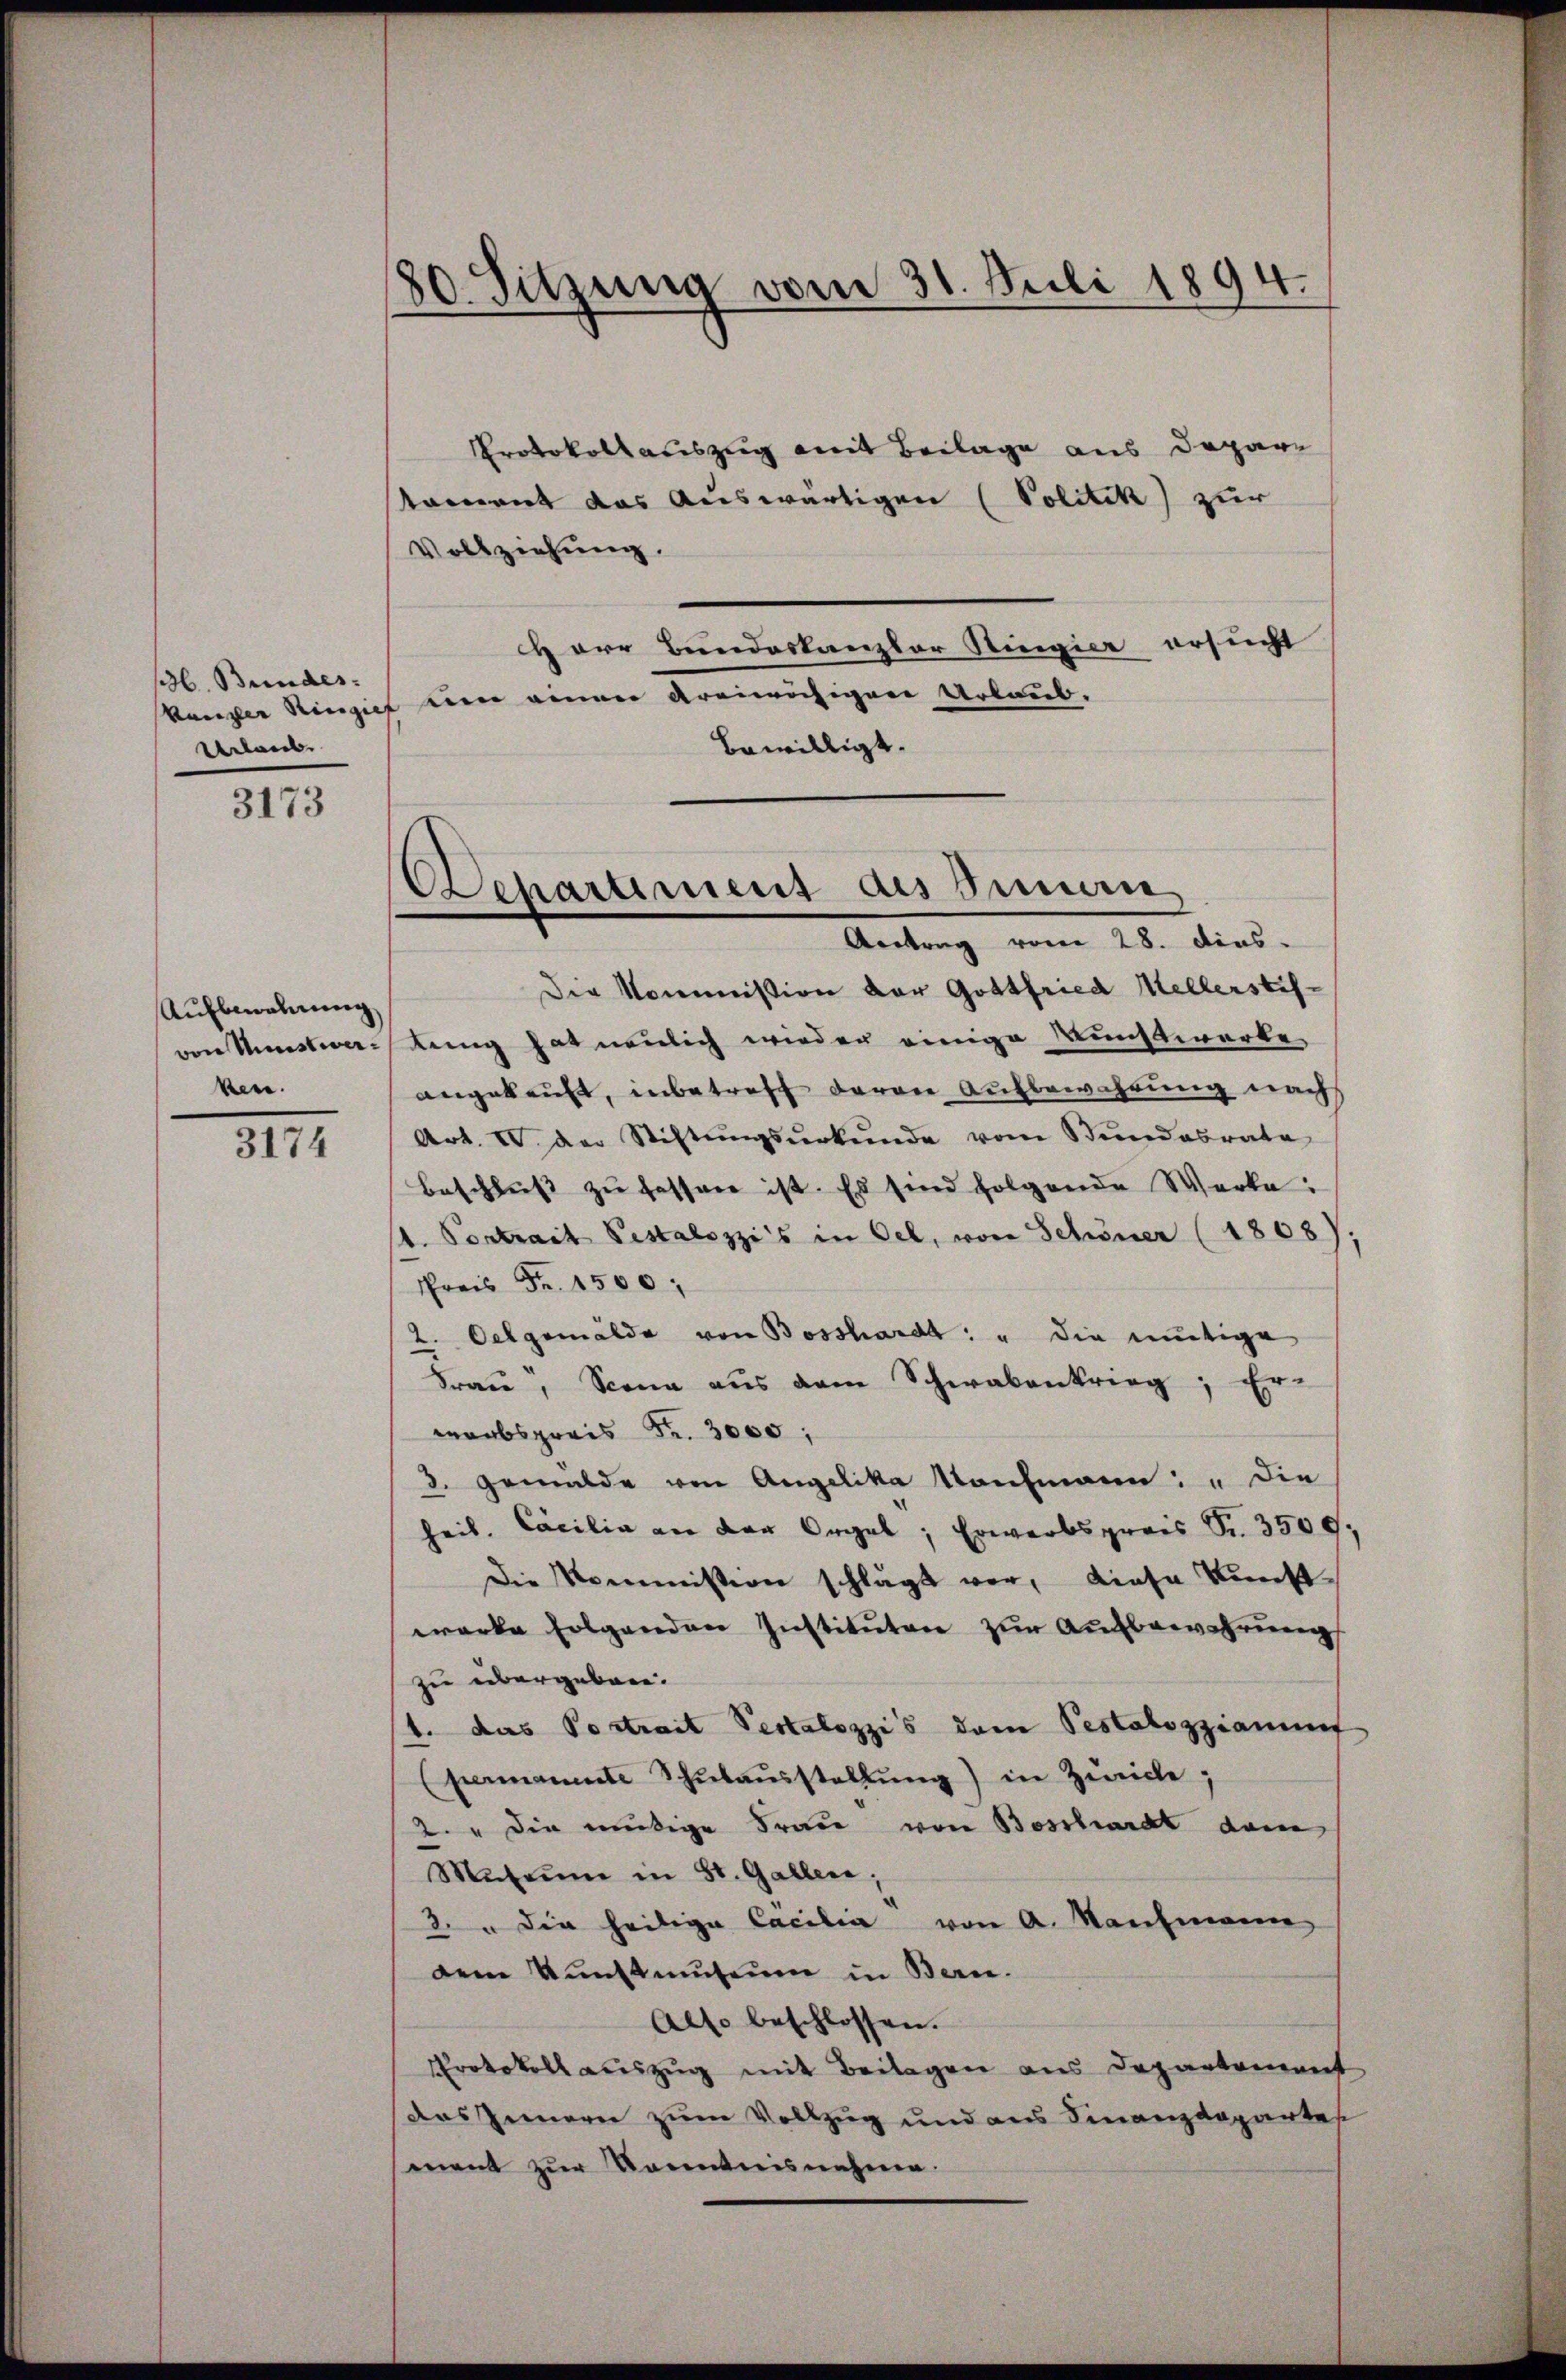
l. Bundes.
Urlaub

3173

Aufbewahrung
ken.

3174

80. Sitzung vom 31. Juli 1894.

Protokollauszug mit Beilage aus Deparstament das Auswärtigen (Politik zur
Vollziehung.
Herr Bundeskanzler Ringier ersucht
kanzler Ringiet einer einen Arenruhigen Urlaub.
bewilligt.

Departement des Sinnern,
Aertrag vom 28. Dies

Die Kommission der Gottfried Kellerstifvon Mittwe Rang hat neulich wieder einige Wuchtwerke
angekauft, inbetreff deron Aufbewahrung nach
Art. IV. Der Stiftŭngsŭrkŭnde vom Stundesrate
beschliess zu fassen ist. Es sind folgende Werke:
t. Portrait Pestalozzis in Oel, von Schöner (1808);
Preis Fr. 1500
2. Oelgemälde von Bosshardt: " die mutige
Frau, Scona aus dem Schwabenkrieg, Er-
wabspreis Fr. 3000,
d. Gemälde von Angelika aufmann: " die
heil. Cocilio an der Orgel; Erwerbspreis Fr. 3500.
Die Kommission schlägt vor, diese Kunst-
werke folgenden Instituten zur Aufbewahrung
zu übergeben.
1. das Vortrait Pestalozzis dem Pestalozziaminf
permanente Schŭlaŭsstellŭng) in Zürich;
2. " Die mutige Frau von Beschardt dem
Museum in St. Gallen.
3. " die heilige Cacilia von A. Kaufmann
dem Kunstmuseum in Bern.
Also beschlossen.
Protokoll auszug mit Beilagen aus Departement
das Innern zum Vollzug und aus Finanzdepartes
mnent zur Kenntnisnehme.